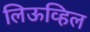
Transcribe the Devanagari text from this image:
लिऊव्हिल